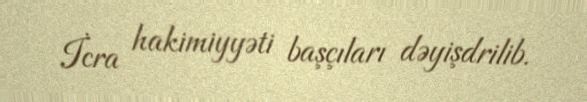
İcra hakimiyyəti başçıları dəyişdrilib.